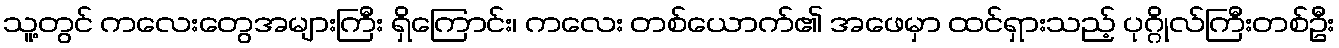
သူ့တွင် ကလေးတွေအများကြီး ရှိကြောင်း၊ ကလေး တစ်ယောက်၏ အဖေမှာ ထင်ရှားသည့် ပုဂ္ဂိုလ်ကြီးတစ်ဦး